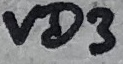
Text: VD3